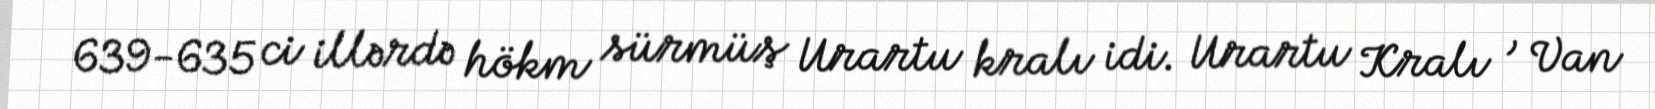
639-635 ci illərdə hökm sürmüş Urartu kralı idi. Urartu Kralı , Van